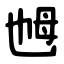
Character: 乸